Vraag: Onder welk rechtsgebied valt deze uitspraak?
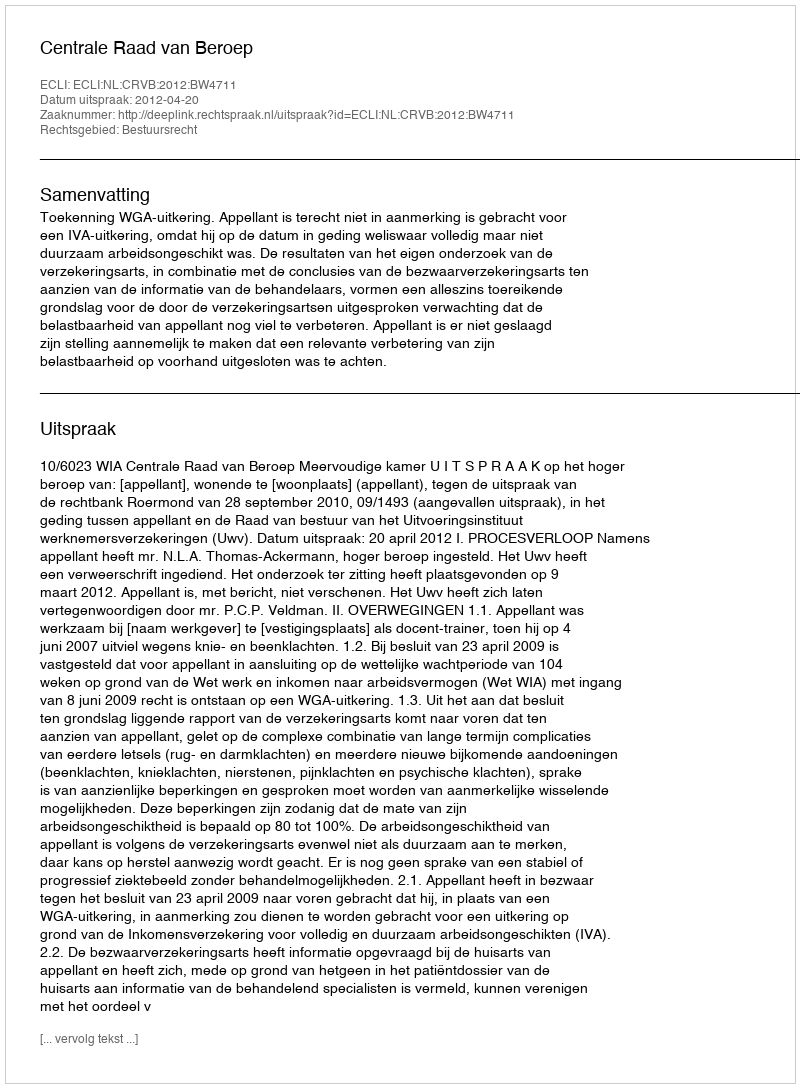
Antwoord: Bestuursrecht